Leaving Certificate Examination, 1924
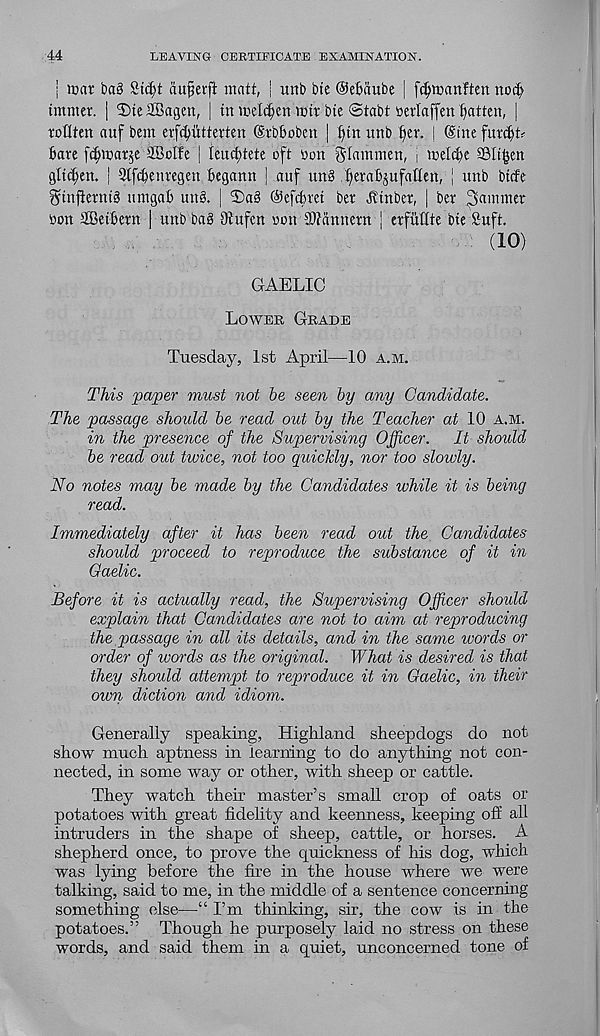
44
LEAVING CERTIFICATE EXAMINATION.
| roar ba§ Stdjt ciuferfi matt, i unb bfe ©ebaube | fcfyroanften noct>
tmmer. | 2)te2Bagen, | tn roetc^en roir bie ©tabt toerlaffen fatten, |
rodten auf bent erfcfyittterten ©rbboben | f)tn unb ^er. | (Sine fur^t?
bare fc(jroaT$e SBctfe | leuebtete oft oon glammen, . roetebe SSItben
gltfben. | Stfcbenregen begann | auf un8 b era^u f a tten, | unb btefe
SunfterntS umgab nn§. | 3)a§ ©efebret ber Jttnber, | ber jammer
bon ®eibern | unb bag Otufcn non SUfannern | erfMte bte Cuft.
(10)
GAELIC
Lower Grade
Tuesday, 1st April—10 a.m.
This paper must not he seen hy any Candidate.
The passage should he read out hy the Teacher at 10 a.m.
in the presence of the Supervising Officer.
It should
he read out twice, not too quickly, nor loo slowly.
No notes may he made hy the Candidates while it is being
read.
Immediately after it has been read out the Candidates
should proceed to reproduce the substance of it in
Gaelic.
Before it is actually read, the Supervising Officer should
explain that Candidates are not to aim at reproducing
the passage in all its details, and in the same words or
order of words as the original. What is desired is that
they should attempt to reproduce it in Gaelic, in their
own diction and idiom.
Generally speaking, Highland sheepdogs do not
show much aptness in learning to do anything not con-
nected, in some way or other, with sheep or cattle.
They watch then master’s small crop of oats or
potatoes with great fidelity and keenness, keeping off all
intruders in the shape of sheep, cattle, or horses. A
shepherd once, to prove the quickness of his dog, which
was lying before the fire in the house where we were
talking, said to me, in the middle of a sentence concerning
something else—“ I’m thinking, sir, the cow is in the
potatoes.” Though he purposely laid no stress on these
words, and said them in a quiet, unconcerned tone of